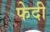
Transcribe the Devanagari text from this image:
फेदी